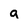
Character: g